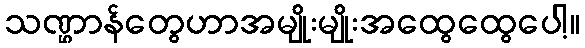
သဏ္ဌာန်တွေဟာအမျိုးမျိုးအထွေထွေပေါ့။